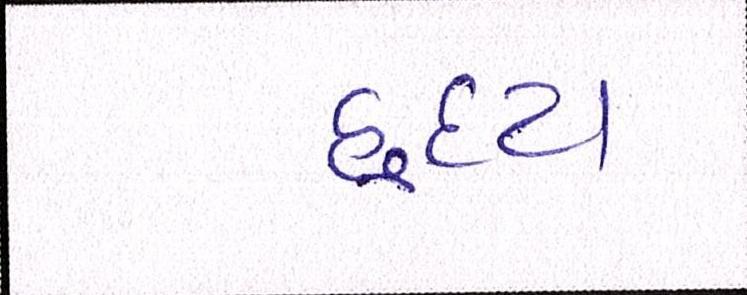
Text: હૃદય